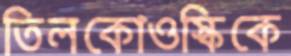
তিলকোওস্কিকে